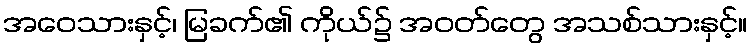
အဝေသားနှင့်၊ မြခက်၏ ကိုယ်၌ အဝတ်တွေ အသစ်သားနှင့်။